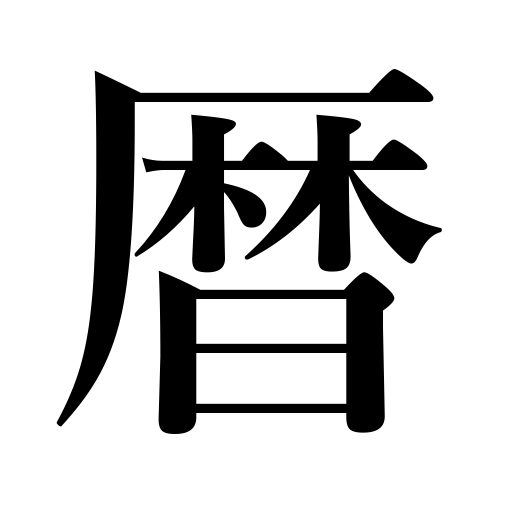
Meanings: almanac,calendar